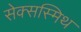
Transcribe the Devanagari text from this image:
सेक्सस्मिथ